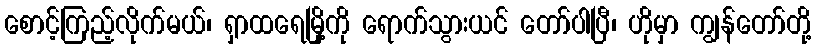
စောင့်ကြည့်လိုက်မယ်၊ ရှာထရေမြို့ကို ရောက်သွားယင် တော်ပါပြီ၊ ဟိုမှာ ကျွန်တော်တို့